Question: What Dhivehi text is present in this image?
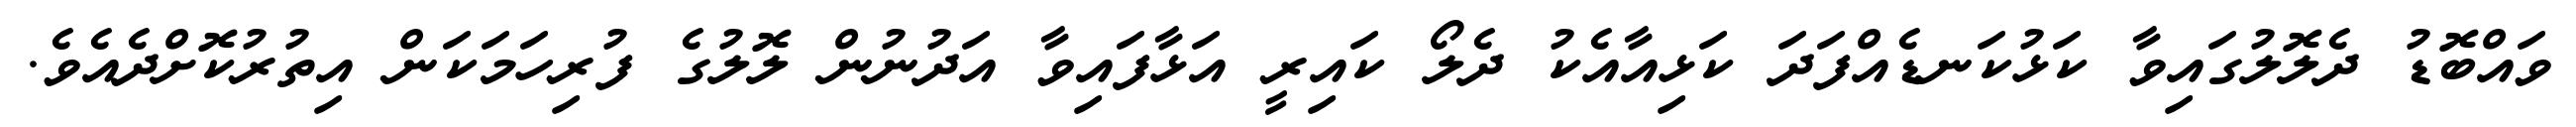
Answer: ވައްބޮޑު ދެލޮލުގައިވާ ކަޅުކަނޑެއްފަދަ ކަޅިއާއެކު ދެލޯ ކައިރީ އަޅާފައިވާ އަދުނުން ލޮލުގެ ފުރިހަމަކަން އިތުރުކޮށްދެއެވެ.